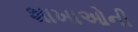
શાખાઓની